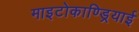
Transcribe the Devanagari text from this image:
माइटोकाण्ड्रियाई